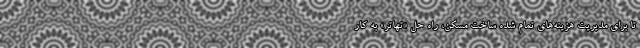
تا برای مدیریت هزینه‌های تمام شده ساخت مسکن، راه حل «تهاتر» به کار